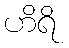
ဟိရိ